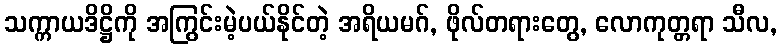
သက္ကာယဒိဋ္ဌိကို အကြွင်းမဲ့ပယ်နိုင်တဲ့ အရိယမဂ်, ဖိုလ်တရားတွေ, လောကုတ္တရာ သီလ,